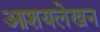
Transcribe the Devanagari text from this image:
आशयलेखन